Leaving Certificate Examination (including Day School Certificate (Higher) General paper), 1926
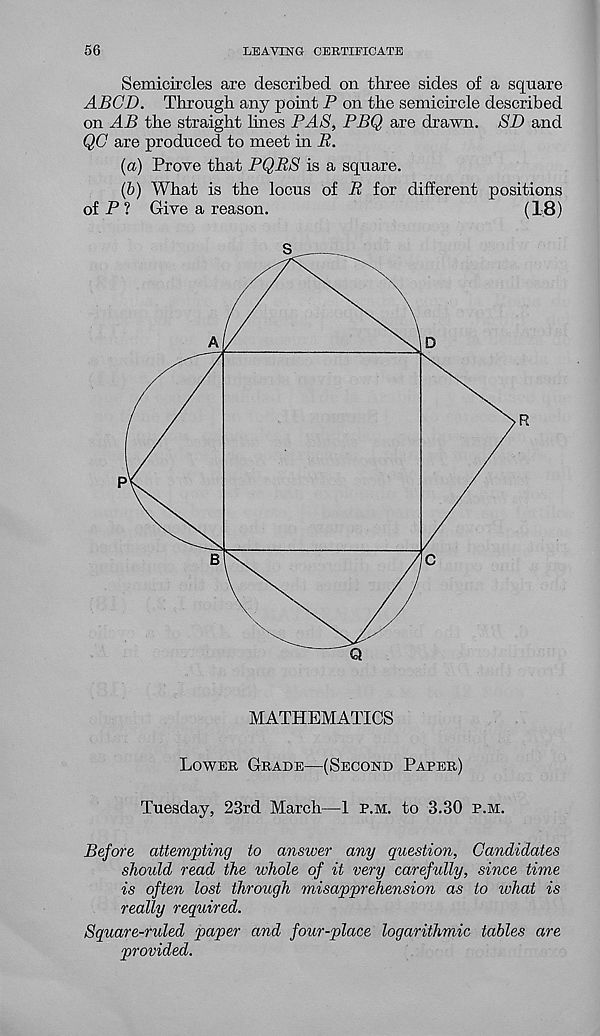
56
LEAVING CERTIFICATE
Semicircles are described on three sides of a square
ABGD. Through any point P on the semicircle described
on AB the straight lines PAS, PBQ are drawn. SB and
QC are produced to meet in R.
(a) Prove that PQRS is a square.
(5) What is the locus of R for different positions
of P ? Give a reason.
(18)
Lower Grade—(Second Paper)
Tuesday, 23rd March—1 p.m. to 3.30 p.m.
Before attempting to answer any question, Candidates
should read the whole of it very carefully, since time
is often lost through misapprehension as to what is
really required.
Square-ruled paper and four-place logarithmic tables are
provided.